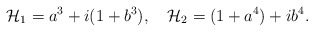
\begin{align*}{\cal H}_1=a^3+i(1+b^3),\quad {\cal H}_2=(1+a^4)+ib^4.\end{align*}